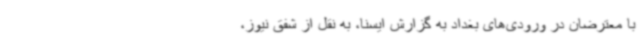
با معترضان در ورودی‌های بغداد به گزارش ایسنا، به نقل از شفق نیوز،